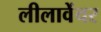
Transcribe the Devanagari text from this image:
लीलावेंचर